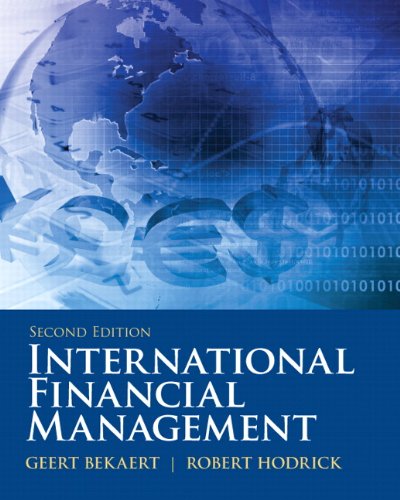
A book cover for International Financial Management (2nd Edition) (Prentice Hall Series in Finance); Geert J Bekaert; Business & Money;